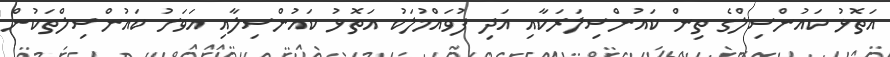
އަތޮޅު ކައުންސިލްގެ ތިން ކައުންސިލަރަކާއި އަދި ފުވައްމުލަކު އަތޮޅު ކައުންސިލާއި އަވަށު ކައުންސިލްތަކުން